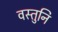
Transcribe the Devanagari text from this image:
वस्तुनि